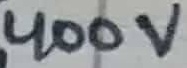
Text: 400V